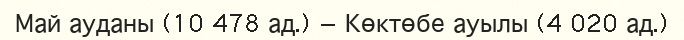
Май ауданы (10 478 ад.) — Көктөбе ауылы (4 020 ад.)